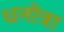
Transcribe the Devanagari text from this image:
धनोत्रा